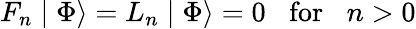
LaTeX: F_{n}\mid\Phi\rangle=L_{n}\mid\Phi\rangle=0\; \; \; \mathrm{for}\; \; \; n>0